Report on the working of the Ranchi Indian Mental Hospital, Kanke, in Bihar and Orissa - 1930-1940
Year: 1930
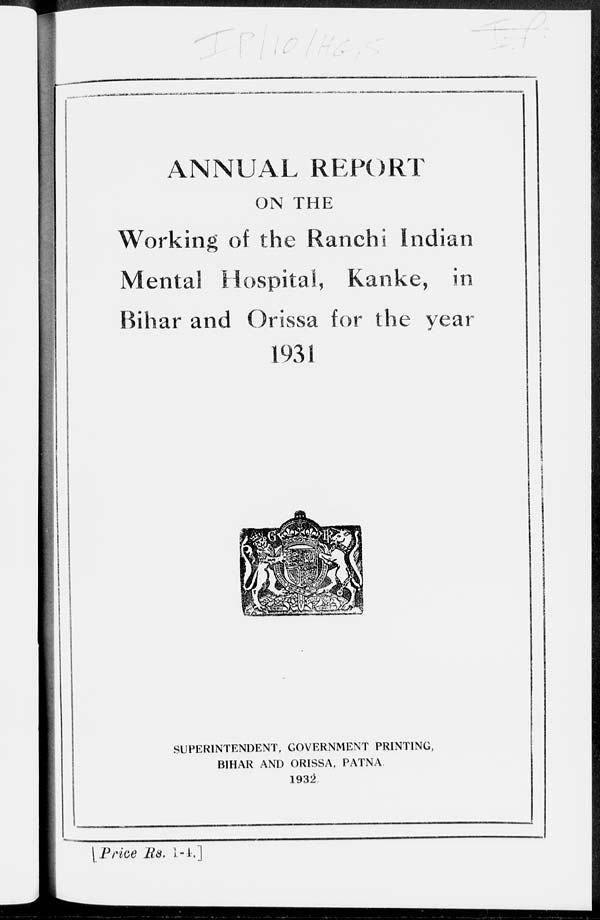
ANNUAL REPORT
ON THE
Working of the Ranchi Indian
Mental Hospital, Kanke, in
Bihar and Orissa for the year
1931
SUPERINTENDENT, GOVERNMENT PRINTING,
BIHAR AND ORISSA, PATNA
1932.
[Price Rs. 1-4.]